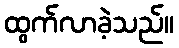
ထွက်လာခဲ့သည်။